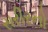
સરીરનો